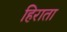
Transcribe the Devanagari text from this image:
हिराता